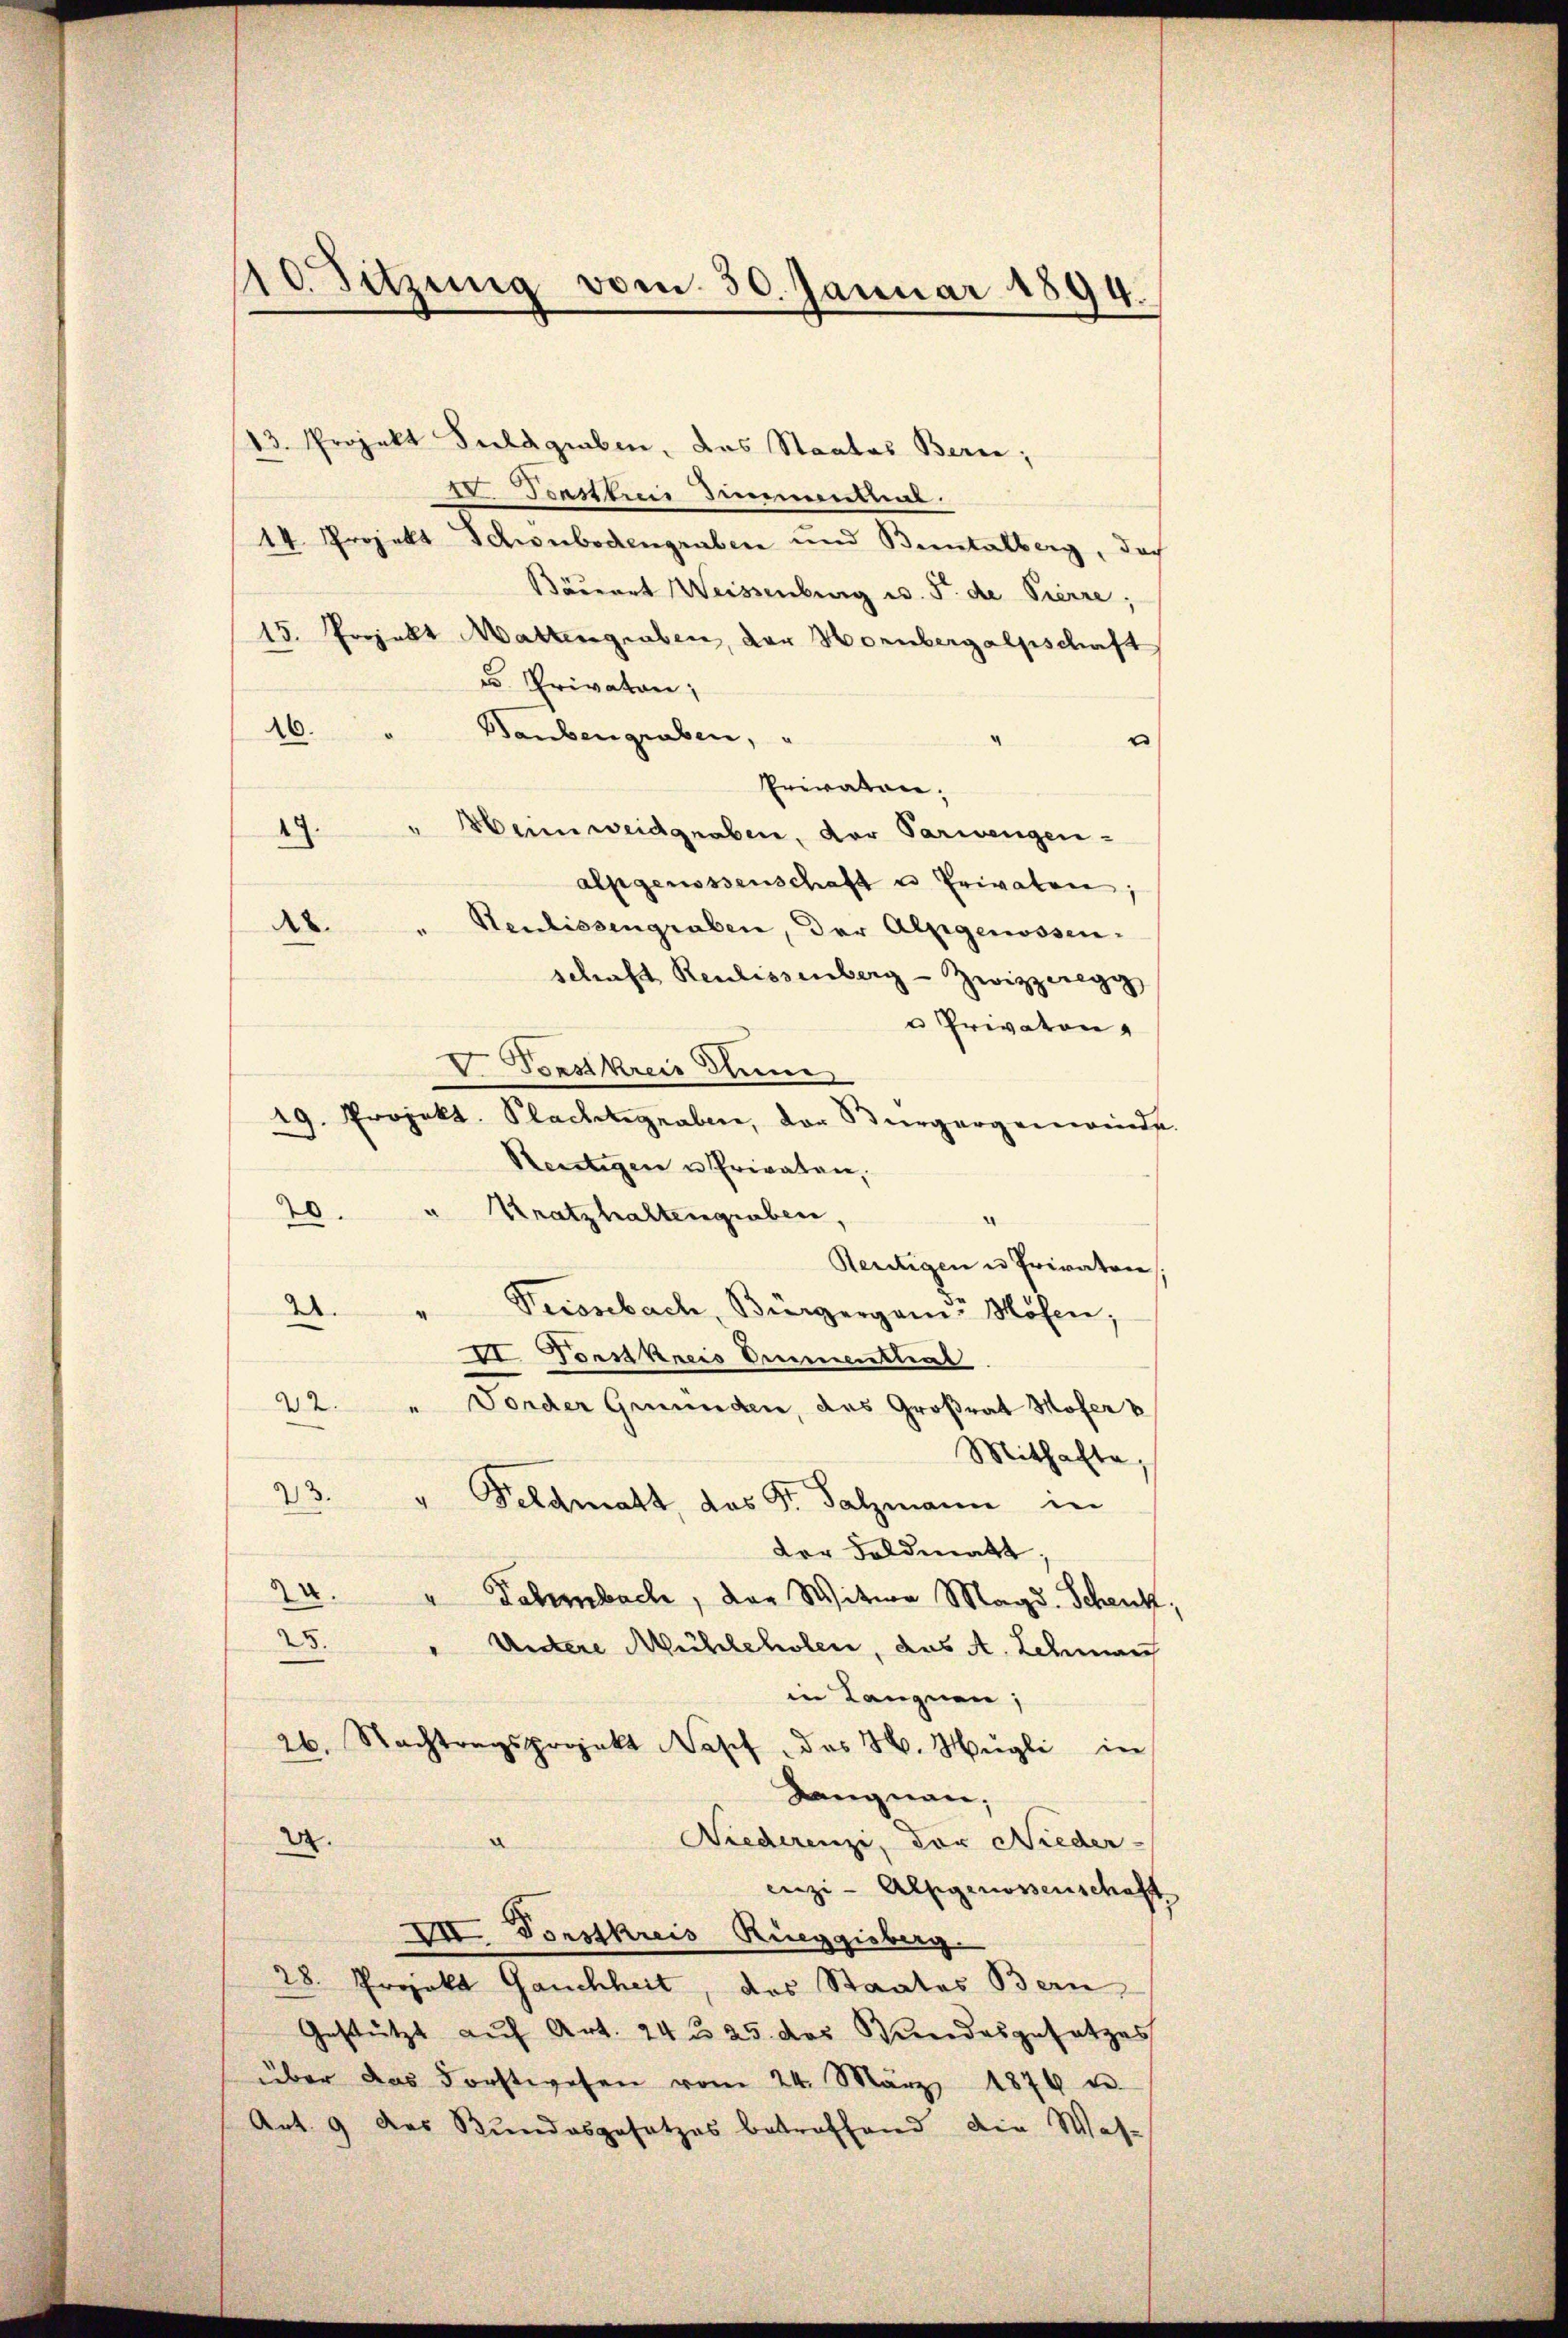
10. Sitzung vom 30. Januar 1894.

13. Projekt Puldgruben, das Staates Berne;
IV Teatttr Zimmenthal.
14 Projekt Schönbodengraben und Bientalberg, doch
Bäuert Weissenburg v. 5. die Pierre;
15. Projekt Wattengraben, der Hornbergalpschaft
u. Privaten,
46.
Baubengraben,
Privaten,
" Heinweidgraben, der Parwengen
49.
alpgenossenschaft u Privaten;
des
" Neulissengraben, der Alpgenossenschaft Reulissenberg-Zwizzeregg
u Privaten
V. Vorstkreis Thune
19. Projekt. Plachtgraben, der Bürgergemeinde
Reitigen u. Privaten,

Kratzhaltengraben,
20.
.
Reutigen u Privaten,
Trissebach, Bürgergani-Mösen;
2.
II. Vorstkreis Armenthal
22. " Forder Gründen, das Großrat Moser
Mithalte,
23.
" Feldmatt, das St. Salzmann in
der Feldmatt
.
" Dehmbach, der Witwe Magd. Schenk
25." Untere Mühleholen, das A. Lehman
in Langnen;
26. Nachtragsprojekt Nosef, das H. Hügli in
Langnau,
d
Niederenzi, der Nieder-
22.
enzi-Alpgenossenschaft
VII. Vorstkreis Ringgisberg.
28. Projekt Gauchheit, das Staates Bern
Gestützt auf Art. 24 n 25 des Bundesgesetzes
über das Forstwesen vom 24. März 1876 u.
Art. 9 des Bundesgesetzes betreffend die Was¬